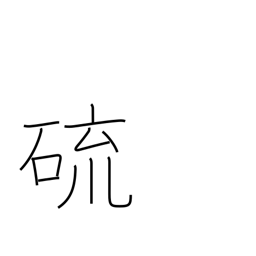
Meaning: sulphur